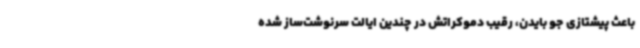
باعث پیشتازی جو بایدن، رقیب دموکراتش در چندین ایالت سرنوشت‌ساز شده